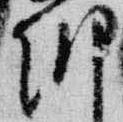
朝